Account of plague administration in the Bombay Presidency from September 1896 till May 1897
Year: 1896
Disease focus: Plague
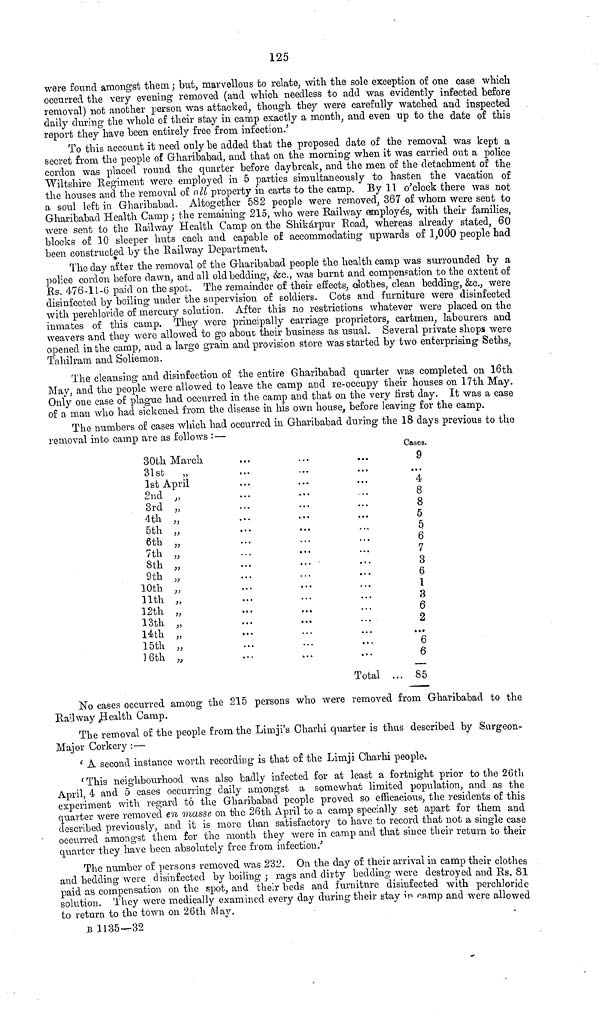
125
were found amongst them ; but, marvellous to relate, with the sole exception of one case which
occurred the very evening removed (and which needless to add was evidently infected before
removal) not another person was attacked, though they were carefully watched and inspected
daily during the whole of their stay in camp exactly a month, and even up to the date of this
report they have been entirely free from infection.'
To this account it need only be added that the proposed date of the removal was kept a
secret from the people of Gharibabad, and that on the morning when it was carried out a police
cordon was placed round the quarter before daybreak, and the men of the detachment of the
Wiltshire Regiment were employed in 5 parties simultaneously to hasten the vacation of
the houses and the removal of all property in carts to the camp. By 11 o'clock there was not
a soul left in Gharibabad. Altogether 582 people were removed, 367 of whom were sent to
Gharibabad Health Camp ; the remaining 215, who were Railway employés, with their families,
were sent to the Railway Health Camp on the Shikárpur Road, whereas already stated, 60
blocks of 10 sleeper huts each and capable of accommodating upwards of 1,000 people had
been constructed by the Railway Department.
The day after the removal of the Gharibabad people the health camp was surrounded by a
police cordon before dawn, and all old bedding, &c., was burnt and compensation to the extent of
Rs. 476-11 -6 paid on the spot. The remainder of their effects, clothes, clean bedding, &c., were
disinfected by boiling under the supervision of soldiers. Cots and furniture were disinfected
with perchloride of mercury solution. After this no restrictions whatever were placed on the
inmates of this camp. They were principally carriage proprietors, cartmen, labourers and
weavers and they were allowed to go about their business as usual. Several private shops were
opened in the camp, and a large grain and provision store was started by two enterprising Seths,
Tahilram and Soliemon.
The cleansing and disinfection of the entire Gharibabad quarter was completed on 16th
May, and the people were allowed to leave the camp and re-occupy their houses on 17th May.
Only one case of plague had occurred in the camp and that on the very first day. It was a case
of a man who had sickened from the disease in his own house, before leaving for the camp.
The numbers of cases which had occurred in Gharibabad during the 18 days previous to the
removal into camp are as follows : —
30th March
31st
1st April
2nd ,
3rd
4th
5th
6th
7th
8th
9th
10th
11th
12th „
13th „
14th „
15th ,,
16th „
• •
. . .
. . .
• .
. . .
.. •
. . •
. . .
...
...
...
...
...
. . .
...
...
.. .
...
...
...
...
...
...
...
...
•••
...
...
...
...
.. .
...
...
...
...
...
...
...
Total
Cases.
9
...
4
8
8
5
5
6
7
3
6
1
3
6
2
...
6
6
... 85
No cases occurred among the 215 persons who were removed from Gharibabad to the
Railway Health Camp.
The removal of the people from the Limji's Charhi quarter is thus described by Surgeon-
Major Corkery :—
' A second instance worth recording is that of the Limji Charhi people.
'This neighbourhood was also badly infected for at least a fortnight prior to the 26th
April, 4 and 5 cases occurring daily amongst a somewhat limited population, and as the
experiment with regard to the Gharibabad people proved so efficacious, the residents of this
quarter were removed en masse on the 26th April to a camp specially set apart for them and
described previously, and it is more than satisfactory to have to record that not a single case
occurred amongst them for the month they were in camp and that since their return to their
quarter they have been absolutely free from infection.'
The number of persons removed was 232. On the day of their arrival in camp their clothes
and bedding were disinfected by boiling ; rags and dirty bedding were destroyed and Rs. 81
paid as compensation on the spot, and their beds and furniture disinfected with perchloride
solution. They Avère medically examined every day during their stay in camp and were allowed
to return to the town on 26th May.
B 1135—32